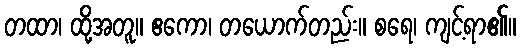
တထာ၊ ထို့အတူ။ ဧကော၊ တယောက်တည်း။ စရေ၊ ကျင့်ရာ၏။